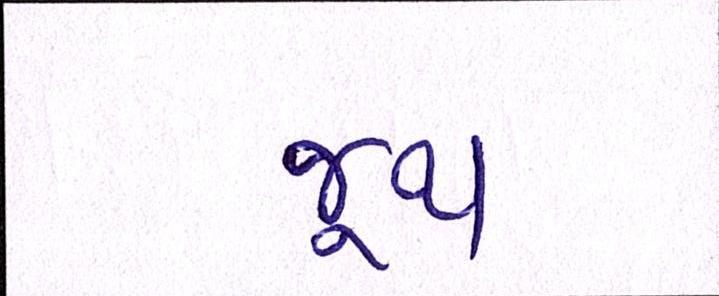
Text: જૂથ